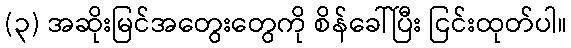
(၃) အဆိုးမြင်အတွေးတွေကို စိန်ခေါ်ပြီး ငြင်းထုတ်ပါ။